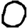
Digit: 0